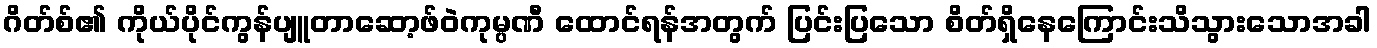
ဂိတ်စ်၏ ကိုယ်ပိုင်ကွန်ပျူတာဆော့ဖ်ဝဲကုမ္ပဏီ ထောင်ရန်အတွက် ပြင်းပြသော စိတ်ရှိနေကြောင်းသိသွားသောအခါ